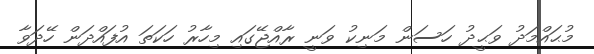
މުޙައްމަދު ވަޙީދު ހަސަން މަނިކު ވަނީ ރާއްޖޭގައި މިހާރު ހަކަތަ އުފައްދަން ހޭދަވާ